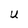
Character: U